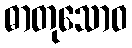
ဓာတုသောဝ